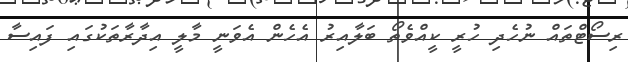
ރިސޯޓްތައް ނުހެދި ހުރީ ކީއްވެތޯ ބަލާއިރު އެހެން އެވަނީ މާލީ އިދާރާތަކުގައި ފައިސާ